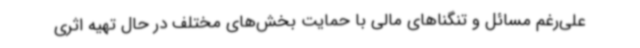
علی‌رغم مسائل و تنگناهای مالی با حمایت بخش‌های مختلف در حال تهیه اثری